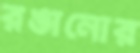
রঙানোর